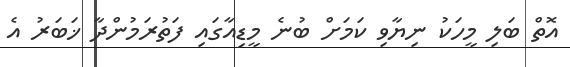
އޮތް ބަލި މީހަކު ނިޔާވި ކަމަށް ބުނެ މީޑިއާގައި ފަތުރަމުންދާ ޚަބަރު އެ